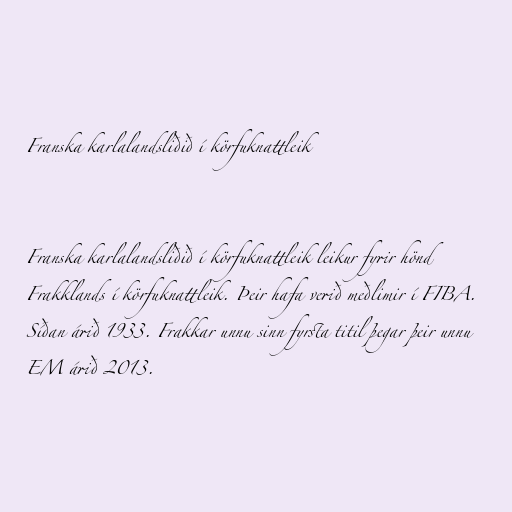
Franska karlalandsliðið í körfuknattleik

Franska karlalandsliðið í körfuknattleik leikur fyrir hönd
Frakklands í körfuknattleik. Þeir hafa verið meðlimir í FIBA.
Síðan árið 1933. Frakkar unnu sinn fyrsta titil þegar þeir unnu
EM árið 2013.